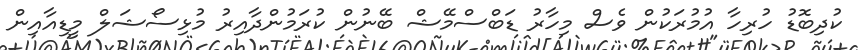
ކުދިބޮޑު ހުރިހާ އުމުރަކުން ވެސް މިހާރު ޑަބްސްމޭޝް ބޭނުން ކުރަމުންދާއިރު މުޅިސޯޝަލް މީޑިއާއިން